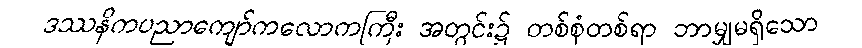
ဒဿနိကပညာကျော်ကလောကကြီး အတွင်း၌ တစ်စုံတစ်ရာ ဘာမျှမရှိသော